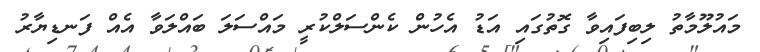
މައުލޫމާތު ލިބިފައިވާ ގޮތުގައި އަޑު އެހުން ކެންސަލްކުރީ މައްސަލަ ބައްލަވާ އެއް ފަނޑިޔާރު